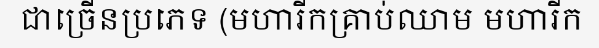
ជាច្រើនប្រភេទ (មហារីកគ្រាប់ឈាម មហារីក